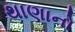
થાણાનો